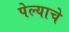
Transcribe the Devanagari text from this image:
पेल्याचे